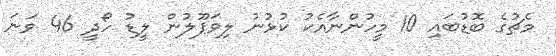
މެޗުގެ ބޮޑުބައި 10 މީހުންނާއެކު ކުޅުނު ލިވަޕޫލުން ލީޑު ހޯދީ 46 ވަނަ